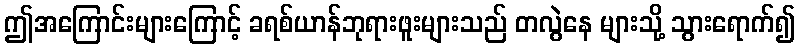
ဤအကြောင်းများကြောင့် ခရစ်ယာန်ဘုရားဖူးများသည် တလွဲနေ များသို့ သွားရောက်၍